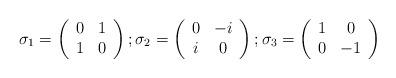
LaTeX: \begin{align*}\sigma_{1}=\left( \begin{array}{cc} 0 & 1\\ 1 & 0 \end{array} \right); \sigma_{2}=\left( \begin{array}{cc} 0 & -i\\ i & 0 \end{array} \right);\sigma_{3}=\left( \begin{array}{cc} 1 & 0\\ 0 & -1 \end{array} \right)\end{align*}